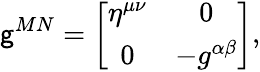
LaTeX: \mathsf{g}^{MN}=\left[\begin{array}{cc}{{\eta^{\mu\nu}}}&{{0}}\\ {{0}}&{{-g^{\alpha\beta}}}\end{array}\right],